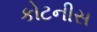
કોટનીસ